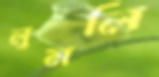
লুমলি